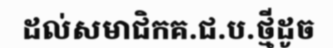
ដល់សមាជិកគ.ជ.ប.ថ្មីដូច